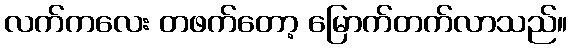
လက်ကလေး တဖက်တော့ မြောက်တက်လာသည်။